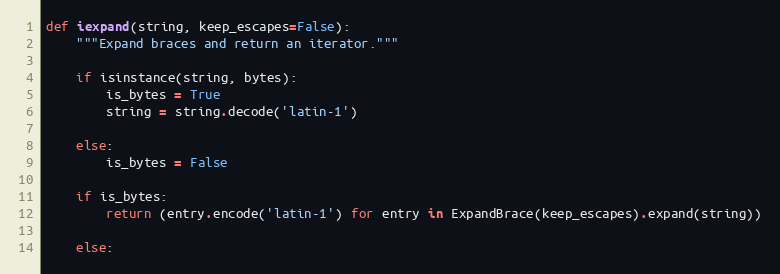
Language: Python
def iexpand(string, keep_escapes=False):
    """Expand braces and return an iterator."""

    if isinstance(string, bytes):
        is_bytes = True
        string = string.decode('latin-1')

    else:
        is_bytes = False

    if is_bytes:
        return (entry.encode('latin-1') for entry in ExpandBrace(keep_escapes).expand(string))

    else: